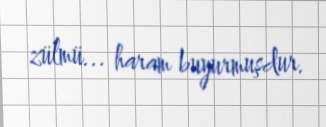
zülmü... haram buyurmuşdur.